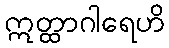
ဣတ္ထာဂါရေဟိ